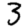
Digit: 3